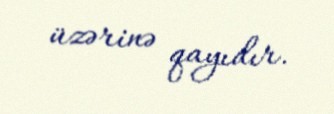
üzərinə qayıdır.